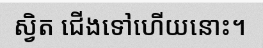
ស្វិត ជើងទៅហើយនោះ។